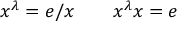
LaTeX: x ^ { \lambda } = e / x \qquad x ^ { \lambda } x = e